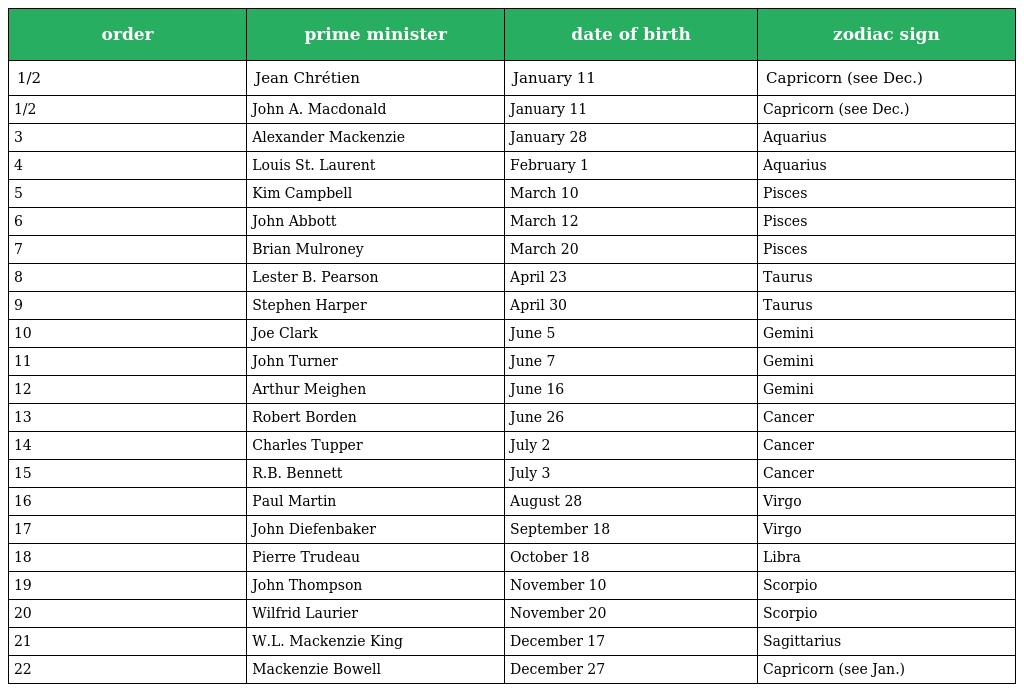
| order | prime minister | date of birth | zodiac sign |
 | --- | --- | --- | --- |
 | 1/2 | Jean Chrétien | January 11 | Capricorn (see Dec.) |
 | 1/2 | John A. Macdonald | January 11 | Capricorn (see Dec.) |
 | 3 | Alexander Mackenzie | January 28 | Aquarius |
 | 4 | Louis St. Laurent | February 1 | Aquarius |
 | 5 | Kim Campbell | March 10 | Pisces |
 | 6 | John Abbott | March 12 | Pisces |
 | 7 | Brian Mulroney | March 20 | Pisces |
 | 8 | Lester B. Pearson | April 23 | Taurus |
 | 9 | Stephen Harper | April 30 | Taurus |
 | 10 | Joe Clark | June 5 | Gemini |
 | 11 | John Turner | June 7 | Gemini |
 | 12 | Arthur Meighen | June 16 | Gemini |
 | 13 | Robert Borden | June 26 | Cancer |
 | 14 | Charles Tupper | July 2 | Cancer |
 | 15 | R.B. Bennett | July 3 | Cancer |
 | 16 | Paul Martin | August 28 | Virgo |
 | 17 | John Diefenbaker | September 18 | Virgo |
 | 18 | Pierre Trudeau | October 18 | Libra |
 | 19 | John Thompson | November 10 | Scorpio |
 | 20 | Wilfrid Laurier | November 20 | Scorpio |
 | 21 | W.L. Mackenzie King | December 17 | Sagittarius |
 | 22 | Mackenzie Bowell | December 27 | Capricorn (see Jan.) |